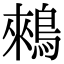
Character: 鶆